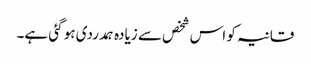
قانیہ کو اس شخص سے زیادہ ہمدردی ہو گئی ہے۔